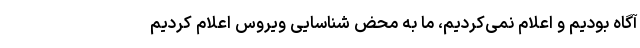
آگاه بودیم و اعلام نمی‌کردیم، ما به محض شناسایی ویروس اعلام کردیم